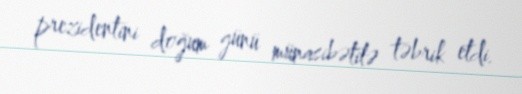
prezidentini doğum günü münasibətilə təbrik etdi.